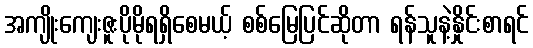
အကျိုးကျေးဇူးပိုမိုရရှိစေမယ့် စစ်မြေပြင်ဆိုတာ ရန်သူနဲ့နှိုင်းစာရင်